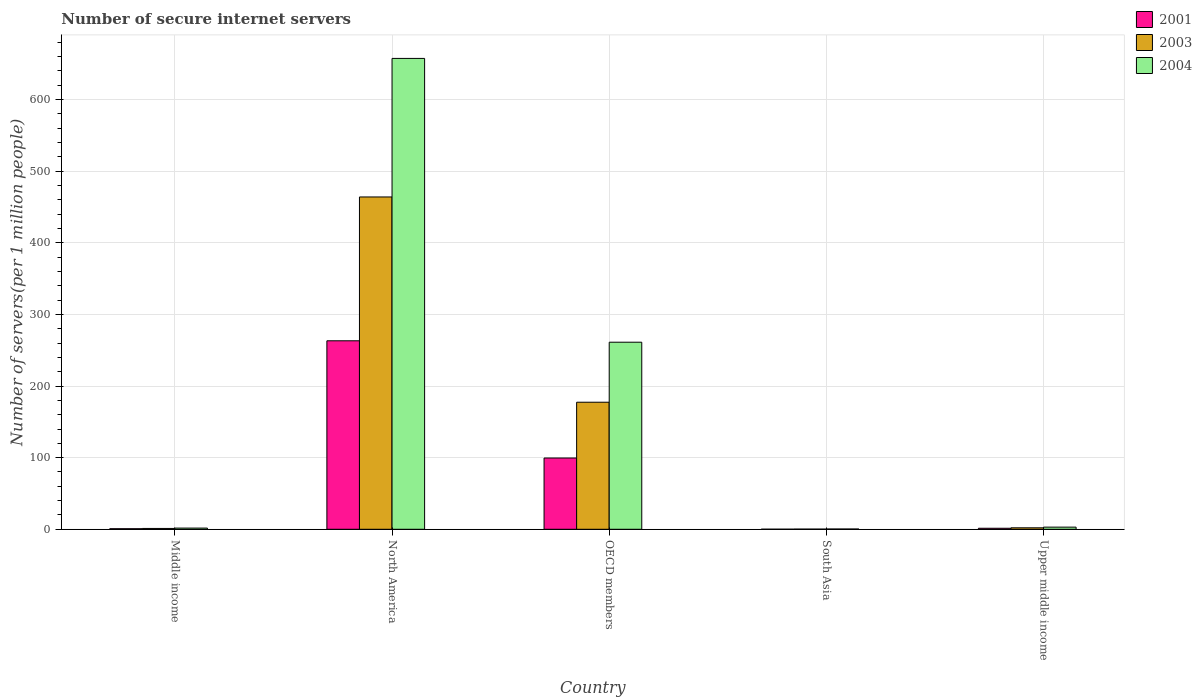
| Country | 2001 | 2003 | 2004 |
 | --- | --- | --- | --- |
 | Middle income | 0.777 | 1.15 | 1.67 |
 | North America | 263 | 464 | 658 |
 | OECD members | 99.5 | 177 | 261 |
 | South Asia | 0.0988 | 0.228 | 0.364 |
 | Upper middle income | 1.41 | 2.06 | 3 |